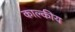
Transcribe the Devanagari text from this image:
काल्कीय